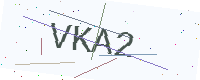
Text: VKA2